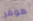
هوفر